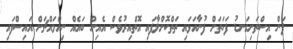
ފަން އިސްތަށިގަނޑު ފަހަތަށް ފުނާއަޅައި ތަތްކޮށްލާފައި އޮތްއިރުވެސް އެއިން ބައެއް ނިއްމައްޗަށް އައިސްފައި